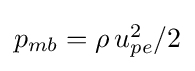
{\textstyle p_{mb}=\rho \,u_{pe}^{2}/2}